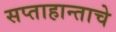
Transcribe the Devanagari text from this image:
सप्ताहान्ताचे